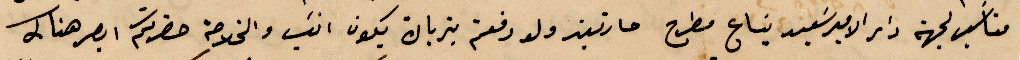
مناسب لجهة دار الأمير سعيد بتاع مطرح مارتين ولو دفعتم بتربان يكو انسب والخلاصة حضرتكم ابصر هناك